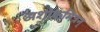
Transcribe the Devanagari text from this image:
अशोकमित्रन्